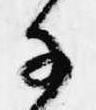
子